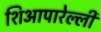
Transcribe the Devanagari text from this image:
शिआपारेल्ली